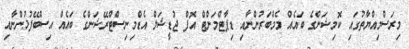
މިރަސްމިއްޔާތުގައި ކޮމިޝަންގެ ބައެއް މެމްބަރުންނާއި ޑިޕާޓްމަންޓް އޮފް ޖުޑީޝަލް އެޑްމިނިސްޓްރޭޝަންގެ ބައެއް އިސްބޭފުޅުންނާއި